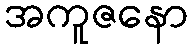
အကူဇနော